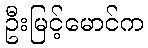
ဦးမြင့်မောင်က